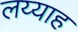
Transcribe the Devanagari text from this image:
लय्याह